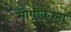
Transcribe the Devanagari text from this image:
सॊयीकरता